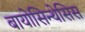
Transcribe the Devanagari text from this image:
बायोसिन्थेसिस